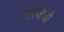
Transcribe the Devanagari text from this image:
बेरजेची